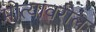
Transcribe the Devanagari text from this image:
मोत्यांवरील